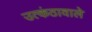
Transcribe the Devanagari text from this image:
उत्कंठावाले